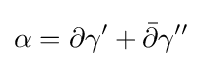
\alpha =\partial \gamma '+{\bar {\partial }}\gamma ''